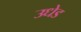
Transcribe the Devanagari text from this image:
उधेड